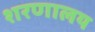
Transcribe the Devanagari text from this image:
शरणालय